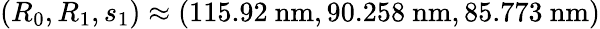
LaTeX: (R_{0},R_{1},s_{1})\approx(115.92\ \mathrm{nm},90.258\ \mathrm{nm},85.773\ \mathrm{nm})